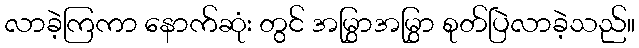
လာခဲ့ကြကာ နောက်ဆုံး တွင် အမြွှာအမြွှာ စုတ်ပြဲလာခဲ့သည်။